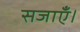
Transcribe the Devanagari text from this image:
सजाएँ।